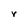
Character: r